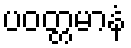
ပဝတ္တမာနံ